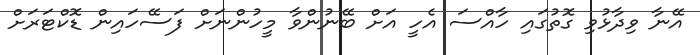
އޭނާ ވިދާޅުވި ގޮތުގައި ހާއްސަ އެހީ އަށް ބޭނުންވާ މީހުންނަށް ފަސޭހައިން ޑޮކްޓަރަށް